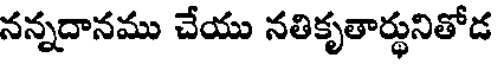
నన్నదానము చేయు నతికృతార్థునితోడ